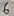
Text: 6